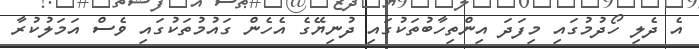
އެ ދެލި ހޯދުމުގައި މިފަދަ އިންތިހާބުތަކުގައި ދުނިޔޭގެ އެހެން ގައުމުތަކުގައި ވެސް އަމަލުކުރާ